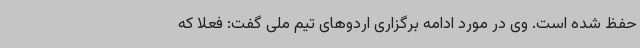
حفظ شده است. وی در مورد ادامه برگزاری اردوهای تیم ملی گفت: فعلا که